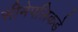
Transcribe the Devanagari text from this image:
सीमेपलिकडे